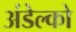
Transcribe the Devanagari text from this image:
अंडेल्को